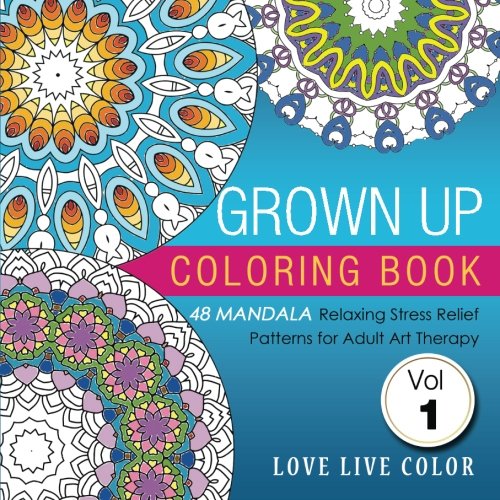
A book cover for Grown Up Coloring Book: 48 Mandala Relaxing Stress Relief Patterns for Adult Art Therapy, Volume 1; Love Live Color; Self-Help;